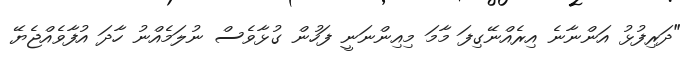
"ދަރިފުޅު އަންނާނެ އިރެއްނޭގިފަ މާމަ މިއިންނަނީ ފަހުން ގުޅާވެސް ނުލަމެއްނު ހާދަ އުފާވެއްޖެޔޭ